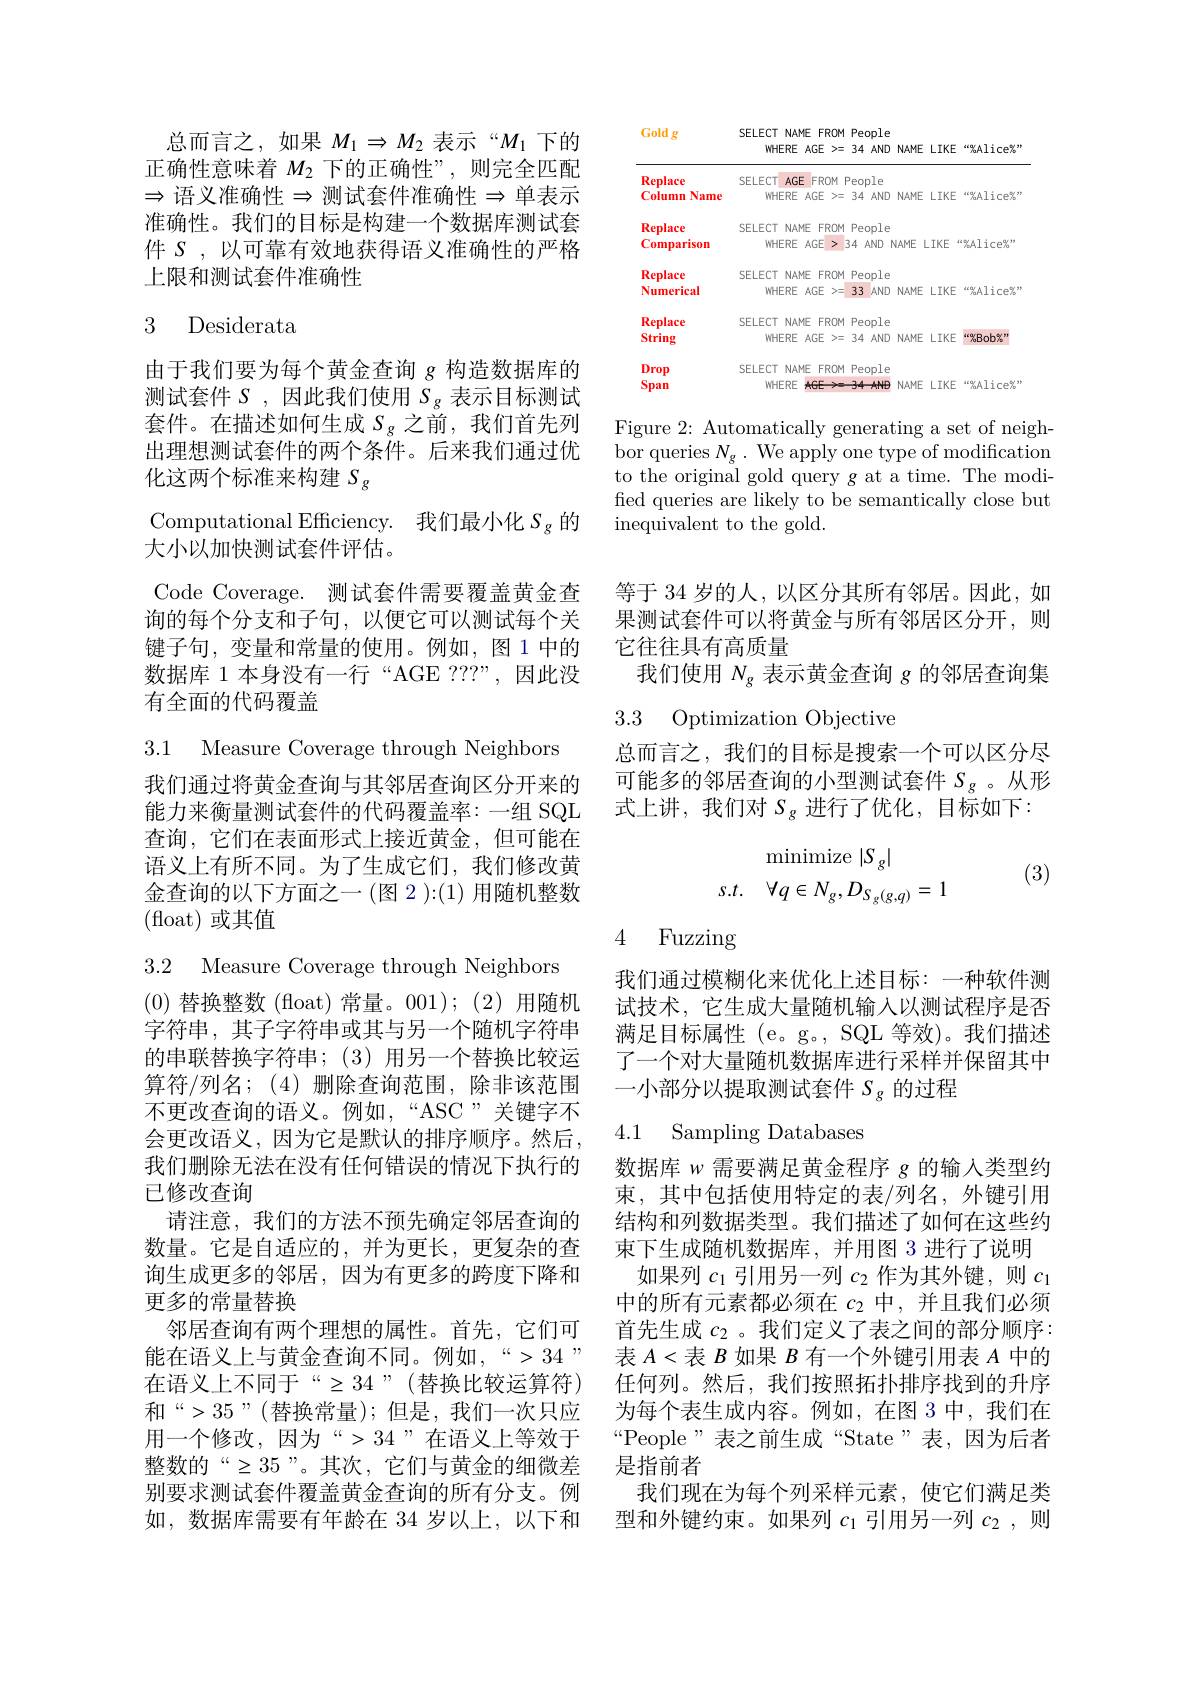
总而言之，如果$M_1\Rightarrow M_2$表示“$M_1$下的正确性意味着$M_2$下的正确性”,则完全匹配$\Rightarrow$ 语义准确性$\Rightarrow$测试套件准确性$\Rightarrow$单表示准确性。我们的目标是构建一个数据库测试套件$S$,以可靠有效地获得语义准确性的严格上限和测试套件准确性

## 3 Desiderata

由于我们要为每个黄金查询$g$构造数据库的测试套件$S$,因此我们使用$S_{g}$表示目标测试套件。在描述如何生成$S_{g}$之前，我们首先列出理想测试套件的两个条件。后来我们通过优化这两个标准来构建$S_{g}$
Computational Efficiency. 我们最小化$S_{\mathrm{g}}$的
大小以加快测试套件评估。
Code Coverage. 测试套件需要覆盖黄金查询的每个分支和子句，以便它可以测试每个关键子句，变量和常量的使用。例如，图 1 中的数据库 1 本身没有一行“AGE ???”,因此没有全面的代码覆盖

3.1 Measure Coverage through Neighbors

我们通过将黄金查询与其邻居查询区分开来的能力来衡量测试套件的代码覆盖率：一组 SQL 查询，它们在表面形式上接近黄金，但可能在语义上有所不同。为了生成它们，我们修改黄金查询的以下方面之一(图 2 ):(1) 用随机整数(float)或其值

3.2 Measure Coverage through Neighbors
(0)替换整数 (float)常量。001);(2)用随机字符串，其子字符串或其与另一个随机字符串的串联替换字符串；(3)用另一个替换比较运算符/列名；(4)删除查询范围，除非该范围不更改查询的语义。例如，“ASC”关键字不会更改语义，因为它是默认的排序顺序。然后， 我们删除无法在没有任何错误的情况下执行的已修改查询
请注意，我们的方法不预先确定邻居查询的数量。它是自适应的，并为更长，更复杂的查询生成更多的邻居，因为有更多的跨度下降和更多的常量替换
邻居查询有两个理想的属性。首先，它们可能在语义上与黄金查询不同。例如$,“>34”$ 在语义上不同于“$\geq34$”(替换比较运算符) 和“>35”(替换常量);但是，我们一次只应用一个修改，因为“>34”在语义上等效于整数的“$\geq35”。其次，它们与黄金的细微差$ 别要求测试套件覆盖黄金查询的所有分支。例如，数据库需要有年龄在 34 岁以上，以下和

Gold g

SELECT NAME FROM People
WHERE AGE >=34 AND NAME LIKE“%Alice%”
<FigureHere>

Figure 2: Automatically generating a set of neighbor queries $N_{g}.$ We apply one type of modification to the original gold query g at a time. The modified queries are likely to be semantically close but inequivalent to the gold.

等于 34 岁的人，以区分其所有邻居。因此，如果测试套件可以将黄金与所有邻居区分开，则它往往具有高质量
我们使用$N_{g}$表示黄金查询$g$的邻居查询集

3.3 Optimization Objective

总而言之，我们的目标是搜索一个可以区分尽可能多的邻居查询的小型测试套件$S_{g}$ 。从形式上讲，我们对$S_\mathrm{g}$进行了优化，目标如下：

(3)
$$\begin{array}{ll}&\text{minimize}\:|S_g|\\s.t.&\forall q\in N_g,D_{S_g(g,q)}=1\end{array}$$
4 Fuzzing

我们通过模糊化来优化上述目标：一种软件测试技术，它生成大量随机输入以测试程序是否满足目标属性 (e。g。, SQL 等效)。我们描述了一个对大量随机数据库进行采样并保留其中一小部分以提取测试套件$S_{g}$的过程

4.1 Sampling Databases

数据库$w$需要满足黄金程序$g$的输入类型约束，其中包括使用特定的表/列名，外键引用结构和列数据类型。我们描述了如何在这些约束下生成随机数据库，并用图 3 进行了说明
如果列$c_1$引用另一列$c_2$作为其外键，则$c_1$ 中的所有元素都必须在$c_2$中，并且我们必须首先生成$c_2$ 。我们定义了表之间的部分顺序： 表$A<$表$B$如果$B$有一个外键引用表$A$中的任何列。然后，我们按照拓扑排序找到的升序为每个表生成内容。例如，在图 3 中，我们在“People”表之前生成“State”表，因为后者是指前者
我们现在为每个列采样元素，使它们满足类型和外键约束。如果列$c_1$引用另一列$c_2$,则